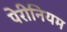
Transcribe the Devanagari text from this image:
पेरीनियम